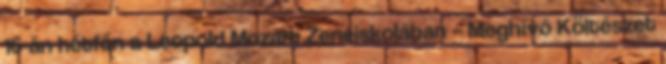
16-án hétfőn a Leopold Mozart Zeneiskolában – Meghívó Költészet